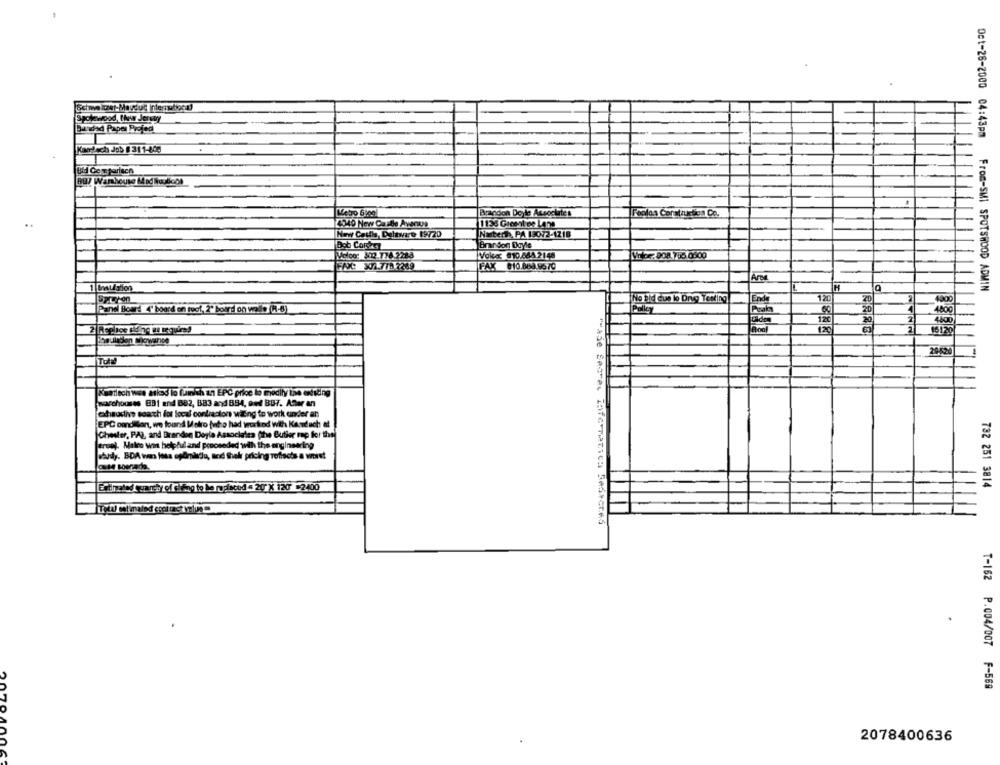
Spolzapad, thew Jerguy
Barndad Paper Projed
Oct-28-2000 04:43pm
Karl sch Job # 311-803
Bid Comparisch
Brandon Doyle Aneocuites
Feolas Conclusion Co.
4340 New Castle Avenue
1133 Greentes Lens
New Cattle, D.ltvaro 19720
Narter, PA 130/2-1218
Bob Corts
Brandon Doyle
Melco: 303 774.2288
WVoke: 810.48A 2148
Via: Do8 715 0800
FAX 610.86019570
From-SMI SPOTSWOOD ADMIN
SPILYon
120
2
4000
Pand Board 4" board on foot, 2" board on walls (H-6)
Polley
4800
20
4000
20620
Kaartch wee slad lo funith an EPC price lo modify the enticing
warehouses BBI and B82, B83 and BB4, ond BUT. After an
exhaustive search for local contractors wiling to work under an
EPC pandion, we found Molto fwho had truckod with Kasidach ef
Chester, PA), and Brandon Doyle Associates (the Butier mp for the
true). Maleo wo helpful and proceeded with the engineering
chudy. BDA was less påmidlo, and Shek pricing Toffects a worst
Case Boegado
Eitheted east of theg te le popiscod . 20 X 120 2400
782 251 3814
T-162 P.004/007 F-569
2078400636